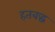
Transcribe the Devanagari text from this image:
हतबद्ध